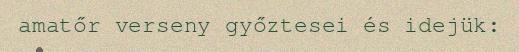
amatőr verseny győztesei és idejük: